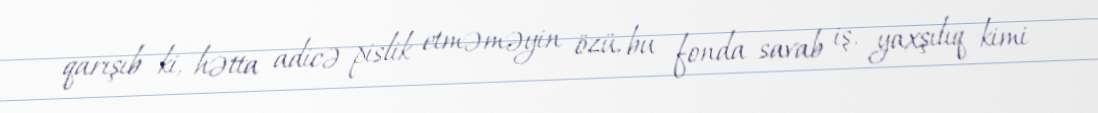
qarışıb ki, hətta adicə pislik etməməyin özü, bu fonda savab iş, yaxşılıq kimi